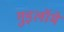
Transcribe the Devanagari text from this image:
गुइलॉमे